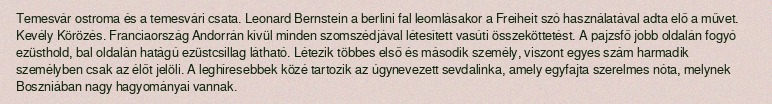
Temesvár ostroma és a temesvári csata. Leonard Bernstein a berlini fal leomlásakor a Freiheit szó használatával adta elő a művet. Kevély Körözés. Franciaország Andorrán kívül minden szomszédjával létesített vasúti összeköttetést. A pajzsfő jobb oldalán fogyó ezüsthold, bal oldalán hatágú ezüstcsillag látható. Létezik többes első és második személy, viszont egyes szám harmadik személyben csak az élőt jelöli. A leghíresebbek közé tartozik az úgynevezett sevdalinka, amely egyfajta szerelmes nóta, melynek Boszniában nagy hagyományai vannak.